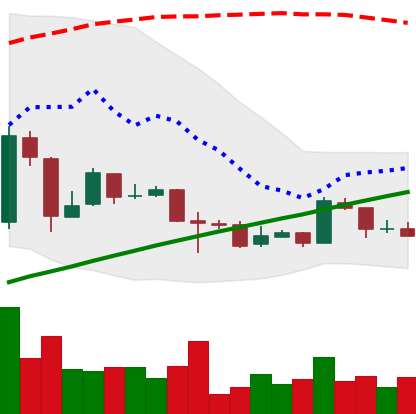
Ticker: BTC-USD
Chart end date: 2016-02-08
Forward return: 4.931%
Label: up_3_5